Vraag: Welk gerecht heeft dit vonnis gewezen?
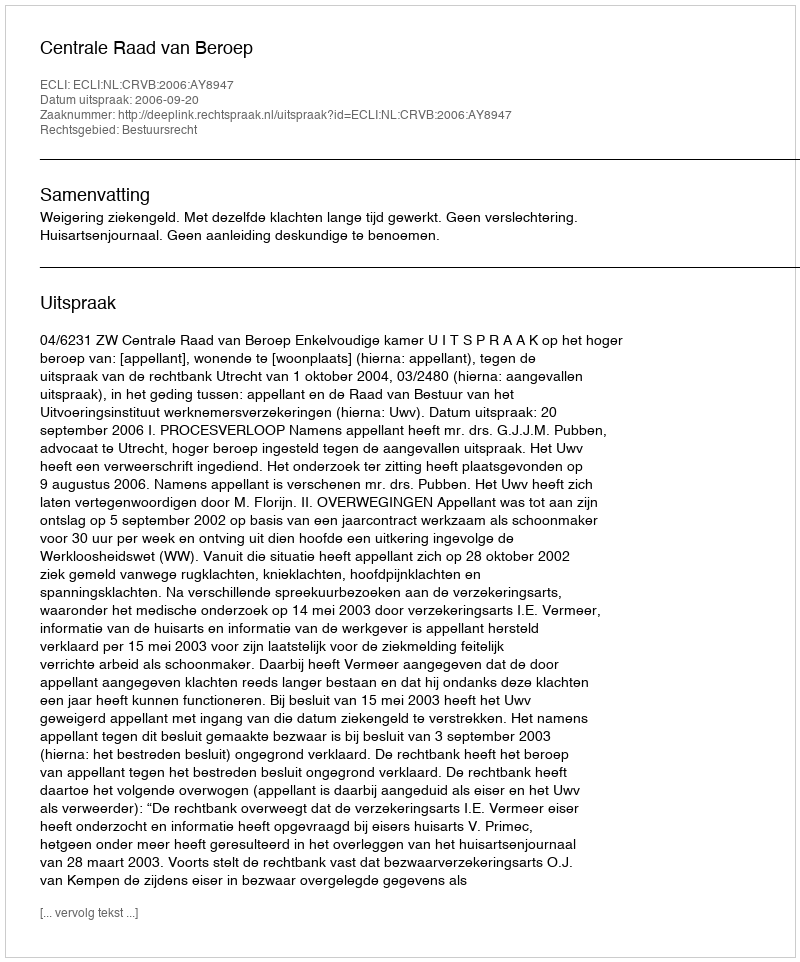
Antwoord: Centrale Raad van Beroep